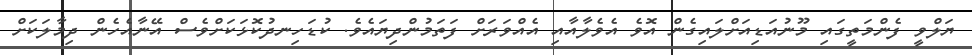
ޔަލްވީ ފެންމަތީގައި މޫނުއަޑިއަށްލައިގެން އޮވެ އެވެލާއާއި އެއްވަރަށް ފަތަމުންދިޔައެވެ. ކުޑަހިނދުކޮޅަކަށްވެސް އޭނާއެހެން ދިމާލަކަށް